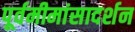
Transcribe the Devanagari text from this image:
पूर्वमीमांसादर्शन